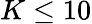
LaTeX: K\leq 10